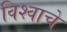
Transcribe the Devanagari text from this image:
विश्‍वाचे